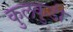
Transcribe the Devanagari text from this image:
कुलकुडी